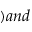
) a n d